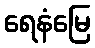
ရေနံမြေ